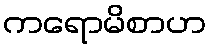
ကရောမိစာဟ